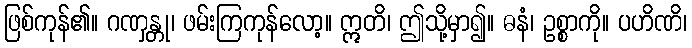
ဖြစ်ကုန်၏။ ဂဏှန္တု၊ ဖမ်းကြကုန်လော့။ ဣတိ၊ ဤသို့မှာ၍။ ဓနံ၊ ဥစ္စာကို။ ပဟိဏိ၊